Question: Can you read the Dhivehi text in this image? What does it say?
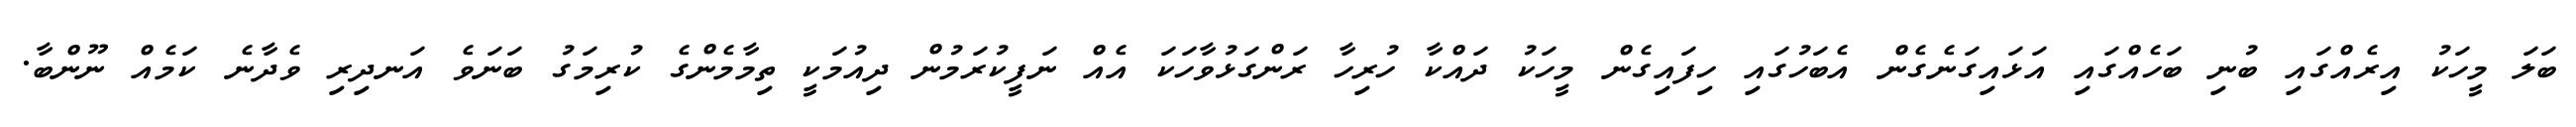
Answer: ބަލަ މީހަކު އިރެއްގައި ބުނި ބަހެއްގައި އަޅައިގަނެގެން އެބަހުގައި ހިފައިގެން މީހަކު ދައްކާ ހުރިހާ ރަންގަޅުވާހަކަ އެއް ނަފީކުރަމުން ދިއުމަކީ ތިމާމެންގެ ކުރިމަގު ބަނަވެ އަނދިރި ވެދާނެ ކަމެއް ނޫންބާ.